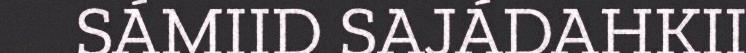
SÁMIID SAJÁDAHKII